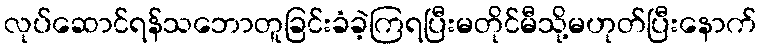
လုပ်ဆောင်ရန်သဘောတူခြင်းခံခဲ့ကြရပြီးမတိုင်မီသို့မဟုတ်ပြီးနောက်